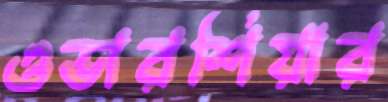
ওভারশিয়ার